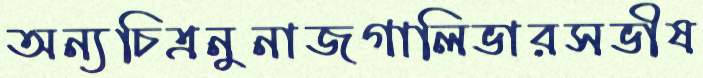
অন্যচিত্রনুনাজগালিভারসভীষ